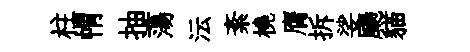
柱㡌抽蕩沄紊橈膺拆娑颺貓